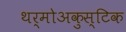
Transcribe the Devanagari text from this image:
थर्मोअकुस्टिक